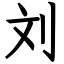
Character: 刘